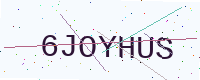
Text: 6JOYHUS